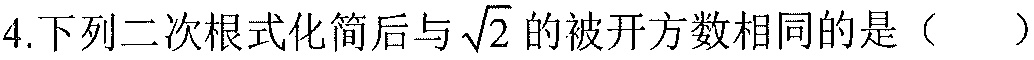
4.下列二次根式化简后与\(\sqrt{2}\)的被开方数相同的是（  ）